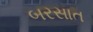
બરસાત